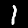
Label: 1